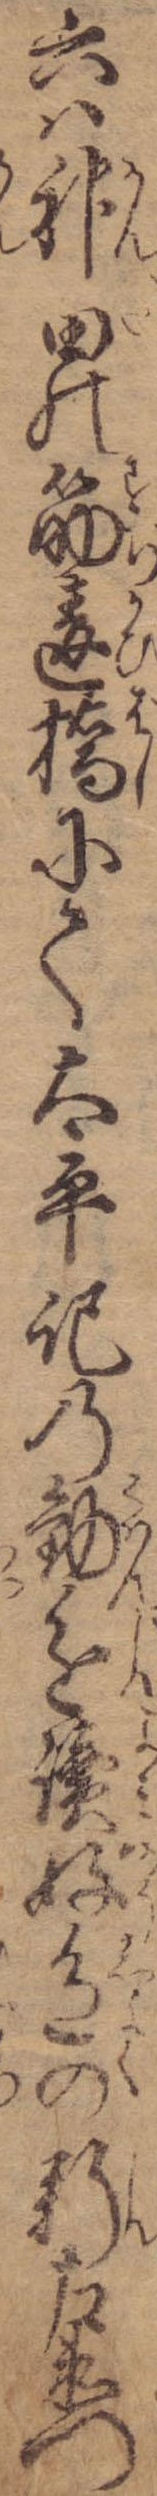
六は神田の筋違橋にて太平記の勧進読好色の新左衛門